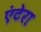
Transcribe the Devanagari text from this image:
एंटेरा